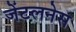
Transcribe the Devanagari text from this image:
जेंटलनेस